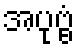
အပုဗ္ဗံ